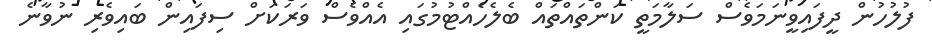
ފުލުހުން ދީފައިވީނަމަވެސް ސަލާމަތީ ކަންތައްތައް ބެެލެހެއްޓުމުގައި އެއްވެސް ވަރަކަށް ސިފައިން ބައިވެރި ނުވާނެ